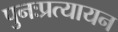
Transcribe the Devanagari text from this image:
पुनःप्रत्यायन